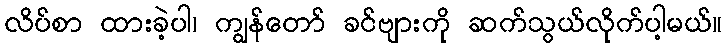
လိပ်စာ ထားခဲ့ပါ၊ ကျွန်တော် ခင်ဗျားကို ဆက်သွယ်လိုက်ပါ့မယ်။